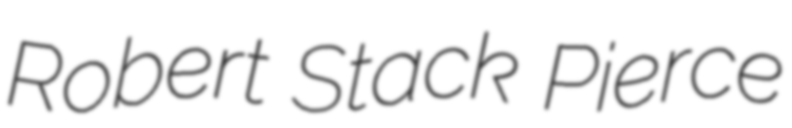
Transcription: Robert Stack Pierce